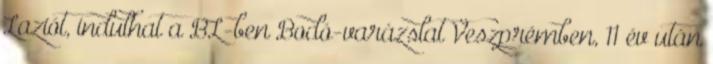
Laziót, indulhat a BL-ben Bodó-varázslat Veszprémben, 11 év után